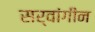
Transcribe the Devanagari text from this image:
सर्वांगीन